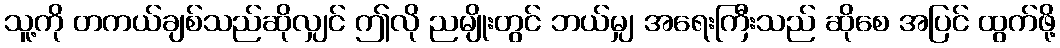
သူ့ကို တကယ်ချစ်သည်ဆိုလျှင် ဤလို ညမျိုးတွင် ဘယ်မျှ အရေးကြီးသည် ဆိုစေ အပြင် ထွက်ဖို့